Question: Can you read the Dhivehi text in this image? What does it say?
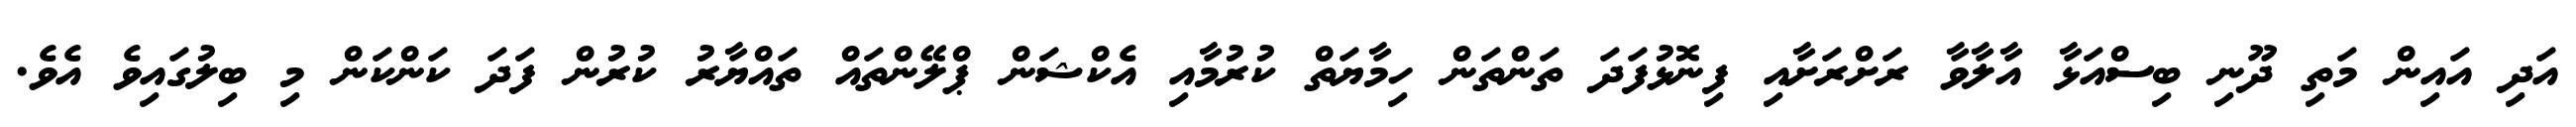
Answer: އަދި އައިން މަތި ދޫނި ބިސްއަޅާ އާލާވާ ރަށްރަށާއި ފިނޮޅުފަދަ ތަންތަން ހިމާޔަތް ކުރުމާއި އެކްޝަން ޕްލޭންތައް ތައްޔާރު ކުރުން ފަދަ ކަންކަން މި ބިލުގައިވެ އެވެ.